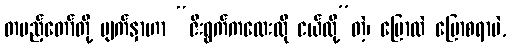
တပည့်တော်တို့ မျက်နှာဟာ “ဇီးရွက်ကလေးလို ငယ်လို့”တဲ့၊ ပြောလဲ ပြောစရာပဲ,